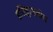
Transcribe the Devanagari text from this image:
इतिहासबोध